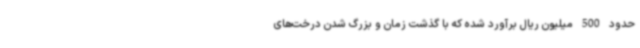
حدود 500 میلیون ریال برآورد شده که با گذشت زمان و بزرگ شدن درخت‌های